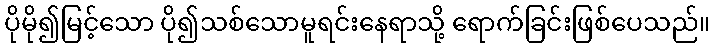
ပိုမို၍မြင့်သော ပို၍သစ်သောမူရင်းနေရာသို့ ရောက်ခြင်းဖြစ်ပေသည်။